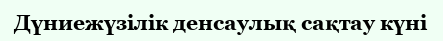
Дүниежүзілік денсаулық сақтау күні